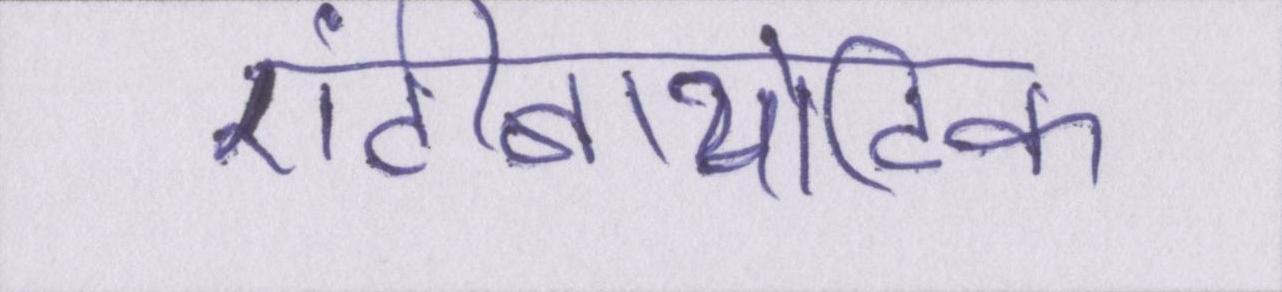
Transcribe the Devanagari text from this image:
एंटीबायोटिक